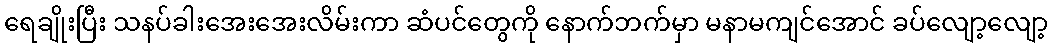
ရေချိုးပြီး သနပ်ခါးအေးအေးလိမ်းကာ ဆံပင်တွေကို နောက်ဘက်မှာ မနာမကျင်အောင် ခပ်လျော့လျော့